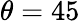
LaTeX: \theta=45